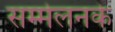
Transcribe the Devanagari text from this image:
सम्मेलनके